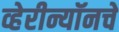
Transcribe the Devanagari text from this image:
व्हेरीन्यॉनचे